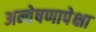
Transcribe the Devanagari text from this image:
अन्वेषणापेक्षा